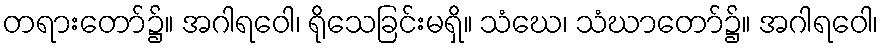
တရားတော်၌။ အဂါရဝေါ၊ ရိုသေခြင်းမရှိ။ သံဃေ၊ သံဃာတော်၌။ အဂါရဝေါ၊